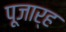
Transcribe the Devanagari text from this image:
पूजार्ह